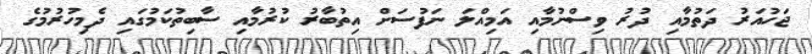
ޖަހުއަރު ދަތުމާއި ދުރު ވިސްނުމާއި އަމިއްލަ ނަފުސަށް އިތުބާރު ކުރުމާއި ސާބިތުކަމުގައި ދެމިހުރުމުގެ